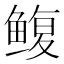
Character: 鳆